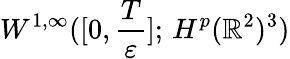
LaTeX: W^{1,\infty}([0,\frac{T}{\varepsilon}];\, H^{p}(\mathbb{R}^{2})^{3})